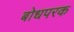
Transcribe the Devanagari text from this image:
बोधपरक